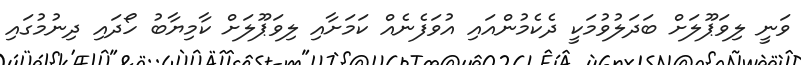
ވަނީ ލިވަޕޫލަށް ބަދަލުވުމަކީ ދެކެމުންއައި އުވަފެނެއް ކަމަށާއި ލިވަޕޫލަށް ކާމިޔާބު ހޯދައި ދިނުމުގައި